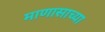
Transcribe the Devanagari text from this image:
माणासाच्या